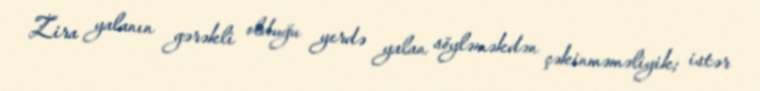
Zira yalanın gərəkli olduğu yerdə yalan söyləməkdən çəkinməməliyik; istər